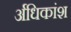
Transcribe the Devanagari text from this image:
र्अधिकांश